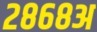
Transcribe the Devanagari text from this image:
२८६८अ